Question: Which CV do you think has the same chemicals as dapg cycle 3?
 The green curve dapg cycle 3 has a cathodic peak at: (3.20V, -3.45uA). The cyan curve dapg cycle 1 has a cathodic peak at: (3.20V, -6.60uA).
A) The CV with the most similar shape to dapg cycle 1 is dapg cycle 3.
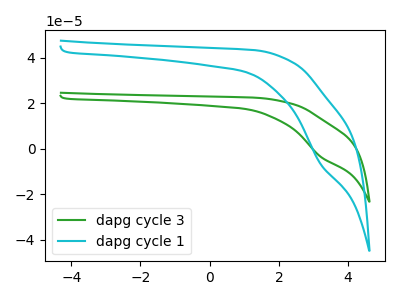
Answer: <think>All the peaks in "dapg cycle 3" have a peak in "dapg cycle 1" at the same potential. Every peak in "dapg cycle 3" is lower than every peak in "dapg cycle 1".
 </think>
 <answer>A) The CV with the most similar shape to "dapg cycle 1" is "dapg cycle 3".</answer>
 <eval>A</eval>